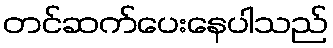
တင်ဆက်ပေးနေပါသည်